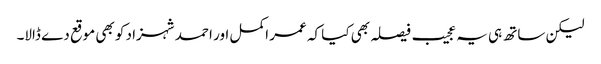
لیکن ساتھ ہی یہ عجیب فیصلہ بھی کیا کہ عمر اکمل اور احمد شہزاد کو بھی موقع دے ڈالا۔